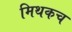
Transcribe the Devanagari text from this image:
मिथकच